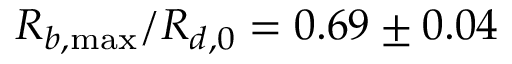
R _ { b , \operatorname* { m a x } } / R _ { d , 0 } = 0 . 6 9 \pm 0 . 0 4